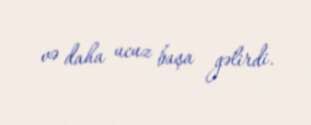
və daha ucuz başa gəlirdi.